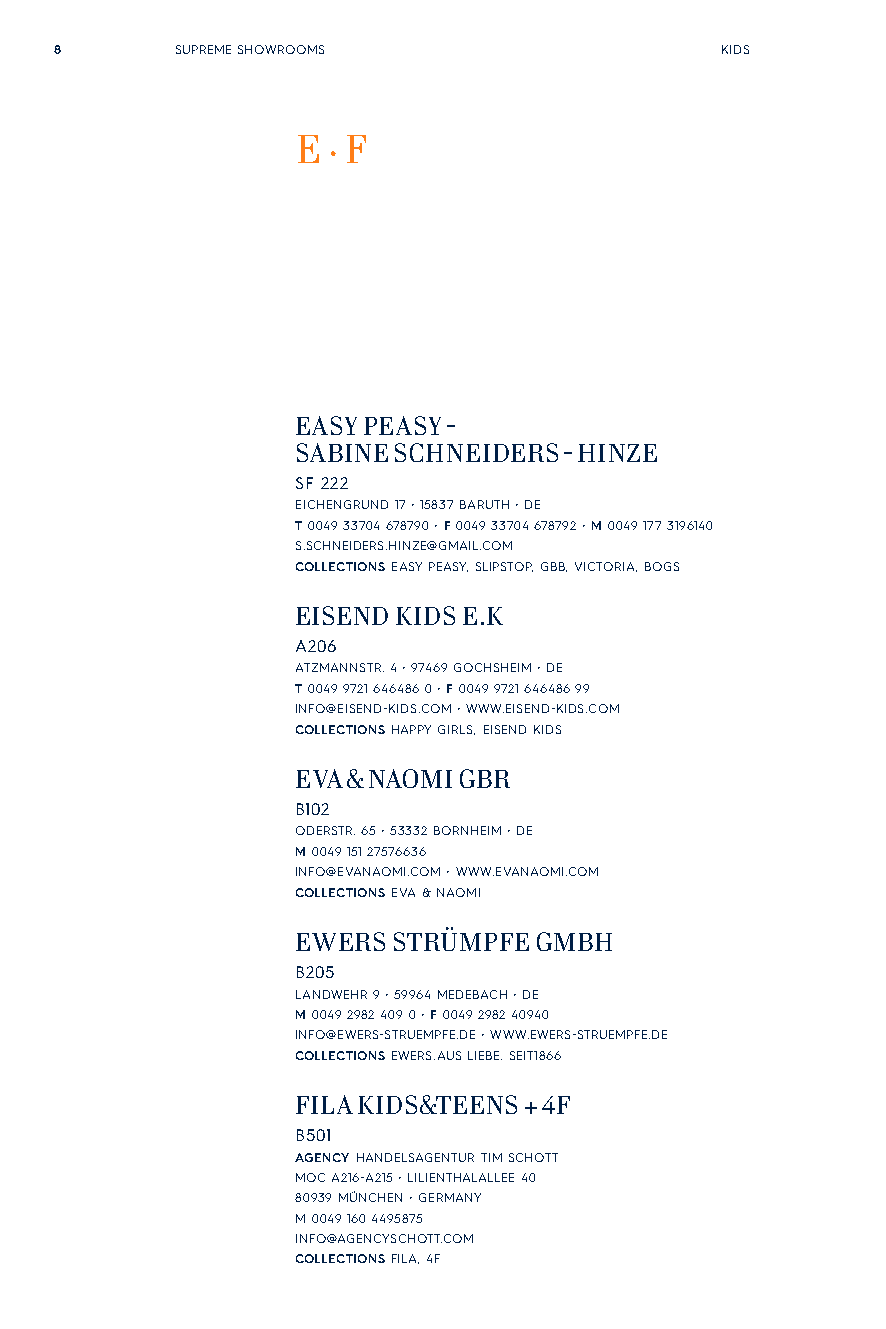
8       SUPREME SHOWROOMS                   KIDS
 E · F
 EASY PEASY -
 SABINE SCHNEIDERS - HINZE
 SF 222
 EICHENGRUND 17 • 15837 BARUTH • DE
 T 0049 33704 678790 • F 0049 33704 678792 • M 0049 177 3196140
 S.SCHNEIDERS.HINZE@GMAIL.COM
 COLLECTIONS EASY PEASY, SLIPSTOP, GBB, VICTORIA, BOGS
 EISEND KIDS E.K
 A206
 ATZMANNSTR. 4 • 97469 GOCHSHEIM • DE
 T 0049 9721 646486 0 • F 0049 9721 646486 99
 INFO@EISEND-KIDS.COM • WWW.EISEND-KIDS.COM
 COLLECTIONS HAPPY GIRLS, EISEND KIDS
 EVA & NAOMI GBR
 B102
 ODERSTR. 65 • 53332 BORNHEIM • DE
 M 0049 151 27576636
 INFO@EVANAOMI.COM • WWW.EVANAOMI.COM
 COLLECTIONS EVA & NAOMI
 EWERS STRÜMPFE GMBH
 B205
 LANDWEHR 9 • 59964 MEDEBACH • DE
 M 0049 2982 409 0 • F 0049 2982 40940
 INFO@EWERS-STRUEMPFE.DE • WWW.EWERS-STRUEMPFE.DE
 COLLECTIONS EWERS.AUS LIEBE. SEIT1866
 FILA KIDS&TEENS + 4F
 B501
 AGENCY HANDELSAGENTUR TIM SCHOTT
 MOC A216-A215 • LILIENTHALALLEE 40
 80939 MÜNCHEN • GERMANY
 M 0049 160 4495875
 INFO@AGENCYSCHOTT.COM
 COLLECTIONS FILA, 4F